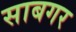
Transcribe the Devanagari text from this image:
साबगर